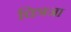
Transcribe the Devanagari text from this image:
चित्रजा